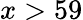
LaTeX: x>59